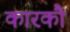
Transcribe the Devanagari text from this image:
कारकौ